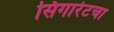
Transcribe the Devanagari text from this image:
सिगारेटचा